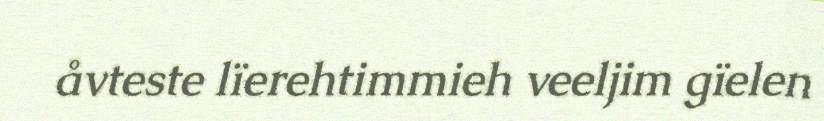
åvteste lïerehtimmieh veeljim gïelen